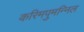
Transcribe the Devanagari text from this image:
करिमपुमन्निल